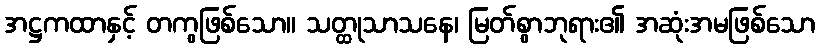
အဋ္ဌကထာနှင့် တကွဖြစ်သော။ သတ္ထုသာသနေ၊ မြတ်စွာဘုရား၏ အဆုံးအမဖြစ်သော